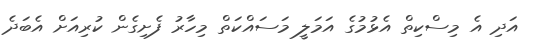
އަދި އެ މިސްކިތް އެޅުމުގެ އަމަލީ މަސައްކަތް މިހާރު ފެށިގެން ކުރިއަށް އެބަދެ